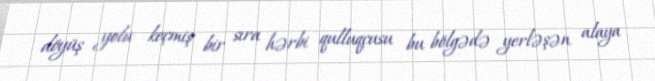
döyüş yolu keçmiş bir sıra hərbi qulluqçusu bu bölgədə yerləşən alaya